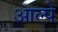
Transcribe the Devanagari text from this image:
आल्पे